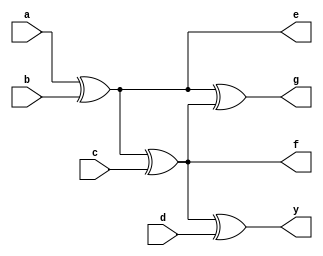
`timescale 1ns / 1ps
//////////////////////////////////////////////////////////////////////////////////
// Company: 
// Engineer: 
// 
// Design Name: 
// Module Name: f_xor
// Project Name: 
// Target Devices: 
// Tool Versions: 
// Description: 
// 
// Dependencies: 
// 
// Revision:
// Revision 0.01 - File Created
// Additional Comments:
// 
//////////////////////////////////////////////////////////////////////////////////


module f_xor(
 input a,
 input b,
 input c,
 input d,
 output y,
 output e,
 output f,
 output g
   );
   
   
   assign y = a ^ b ^ c ^ d; //(A)
   assign e = a ^ b; //(B)
   assign f = e ^ c;
   assign g = e ^ f;
   
endmodule